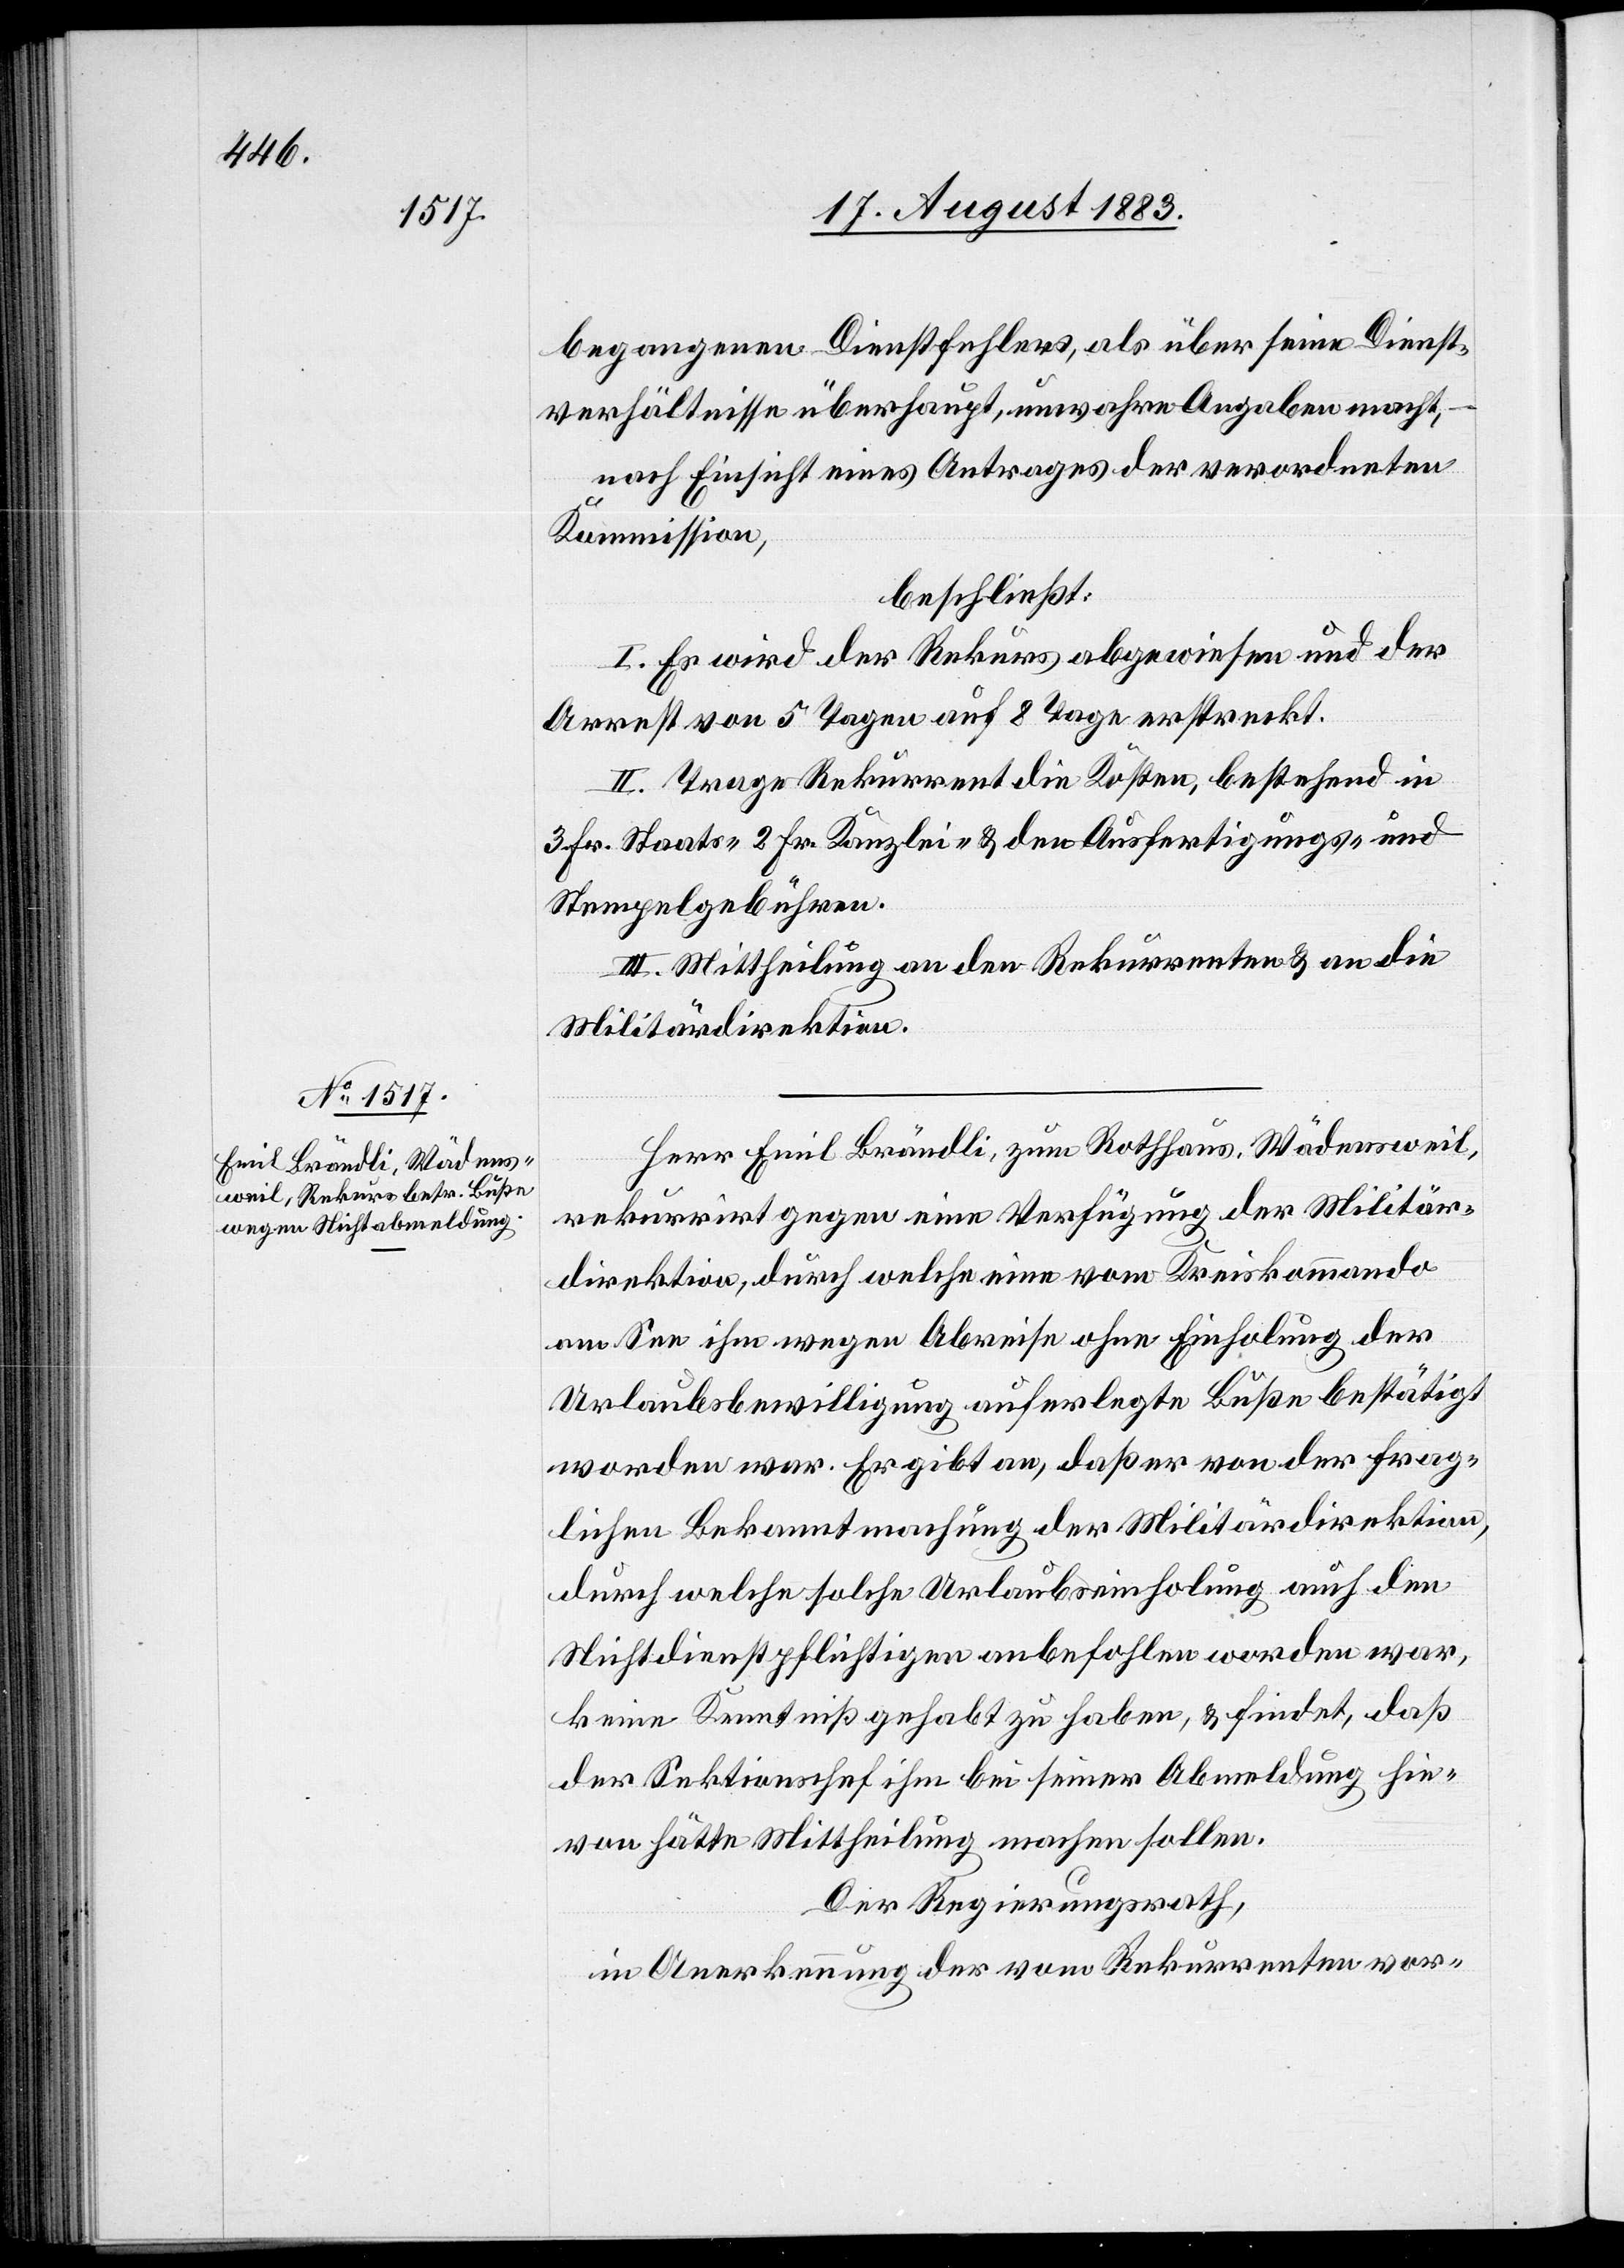
begangenen Dienstfehlers, als über seine Dienst¬
verhältnisse überhaupt, unwahre Angaben macht,
nach Einsicht eines Antrages der verordneten
Kommission,
beschließt:
I. Es wird der Rekurs abgewiesen und der
Arrest von 5 Tagen auf 8 Tage erstreckt.
II. Trage Rekurrent die Kosten, bestehend in
3 Fr. Staats-[,] 2 Fr. Kanzlei- & den Ausfertigungs- &
Stempelgebühren.
III. Mittheilung an den Rekurrenten & an die
Militärdirektion.
Herr Emil Brändli, zum Rothhaus, Wädensweil,
rekurrirt gegen eine Verfügung der Militär¬
direktion, durch welche eine vom Kreiskommando
am See ihm wegen Abreise ohne Einholung der
Urlaubsbewilligung auferlegte Buße bestätigt
worden war. Er gibt an, daß er von der frag¬
lichen Bekanntmachung der Militärdirektion,
durch welche solche Urlaubseinholung auch den
Nichtdienstpflichtigen anbefohlen worden war,
keine Kenntniß gehabt zu haben, & findet, daß
der Sektionschef ihm bei seiner Abmeldung hie¬
von hätte Mittheilung machen sollen.
Der Regierungsrath,
in Anerkennung der vom Rekurrenten vor-